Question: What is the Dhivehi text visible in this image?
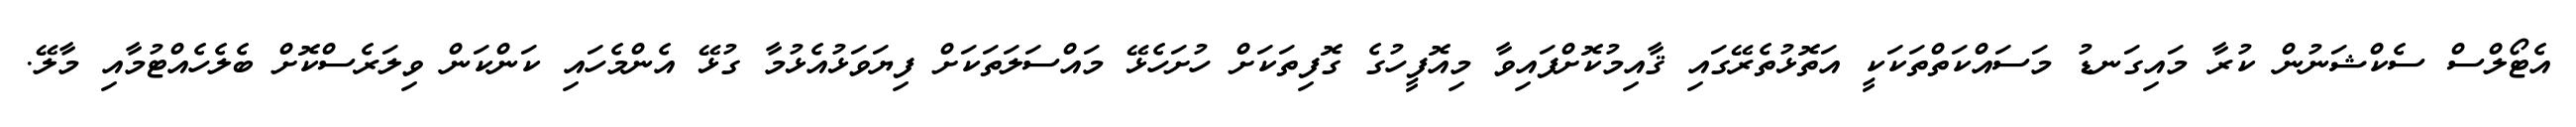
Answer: އެޓޯލްސް ސެކްޝަނުން ކުރާ މައިގަނޑު މަސައްކަތްތަކަކީ އަތޮޅުތެރޭގައި ޤާއިމުކޮށްފައިވާ މިއޮފީހުގެ ގޮފިތަކަށް ހުށަހެޅޭ މައްސަލަތަކަށް ފިޔަވަޅުއެޅުމާ ގުޅޭ އެންމެހައި ކަންކަން ވިލަރެސްކޮށް ބެލެހެއްޓުމާއި މާލޭ.